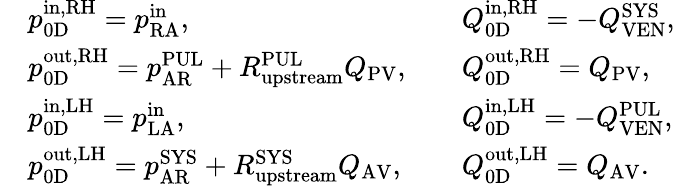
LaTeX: \begin{array}{rlrl}&{p_{\mathrm{0D}}^{\mathrm{in,RH}}=p_{\mathrm{RA}}^{\mathrm{in}},}&&{Q_{\mathrm{0D}}^{\mathrm{in,RH}}=-Q_{\mathrm{VEN}}^{\mathrm{SYS}},}\\ &{p_{\mathrm{0D}}^{\mathrm{out,RH}}=p_{\mathrm{AR}}^{\mathrm{PUL}}+R_{\mathrm{upstream}}^{\mathrm{PUL}}Q_{\mathrm{PV}},}&&{Q_{\mathrm{0D}}^{\mathrm{out,RH}}=Q_{\mathrm{PV}},}\\ &{p_{\mathrm{0D}}^{\mathrm{in,LH}}=p_{\mathrm{LA}}^{\mathrm{in}},}&&{Q_{\mathrm{0D}}^{\mathrm{in,LH}}=-Q_{\mathrm{VEN}}^{\mathrm{PUL}},}\\ &{p_{\mathrm{0D}}^{\mathrm{out,LH}}=p_{\mathrm{AR}}^{\mathrm{SYS}}+R_{\mathrm{upstream}}^{\mathrm{SYS}}Q_{\mathrm{AV}},}&&{Q_{\mathrm{0D}}^{\mathrm{out,LH}}=Q_{\mathrm{AV}}.}\end{array}